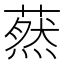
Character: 䔳